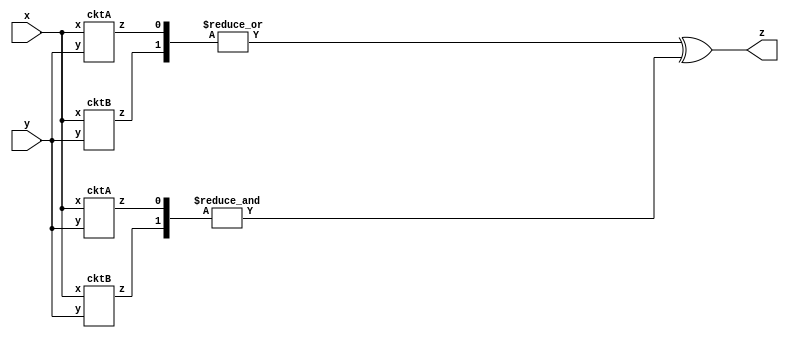
//lower modules from simplecircuitA.v and simplecircuitB.v
module top_module (input x, input y, output z);
    wire[3:0] z0;
    cktA A1(x, y, z0[0]);
    cktB B1(x, y, z0[1]);
    cktA A2(x, y, z0[2]);
    cktB B2(x, y, z0[3]);
    
    assign z = (|z0[1:0]) ^ (&z0[3:2]);
    
endmodule

module cktA (input x, input y, output z);
    assign z = (x^y) & x;
endmodule

module cktB ( input x, input y, output z );
    assign z = ~(x^y);
endmodule